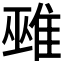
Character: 𨿏